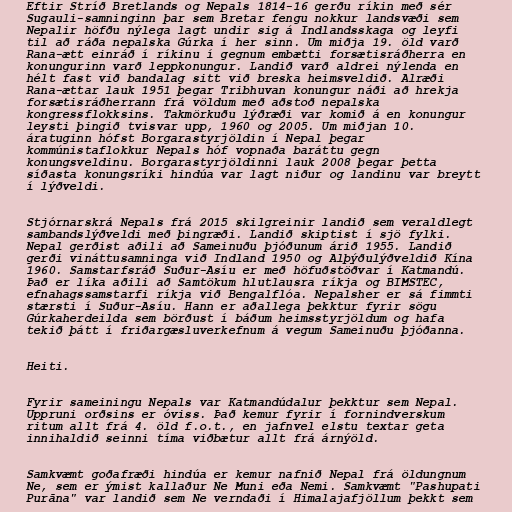
Eftir Stríð Bretlands og Nepals 1814-16 gerðu ríkin með sér
Sugauli-samninginn þar sem Bretar fengu nokkur landsvæði sem
Nepalir höfðu nýlega lagt undir sig á Indlandsskaga og leyfi
til að ráða nepalska Gúrka í her sinn. Um miðja 19. öld varð
Rana-ætt einráð í ríkinu í gegnum embætti forsætisráðherra en
konungurinn varð leppkonungur. Landið varð aldrei nýlenda en
hélt fast við bandalag sitt við breska heimsveldið. Alræði
Rana-ættar lauk 1951 þegar Tribhuvan konungur náði að hrekja
forsætisráðherrann frá völdum með aðstoð nepalska
kongressflokksins. Takmörkuðu lýðræði var komið á en konungur
leysti þingið tvisvar upp, 1960 og 2005. Um miðjan 10.
áratuginn hófst Borgarastyrjöldin í Nepal þegar
kommúnistaflokkur Nepals hóf vopnaða baráttu gegn
konungsveldinu. Borgarastyrjöldinni lauk 2008 þegar þetta
síðasta konungsríki hindúa var lagt niður og landinu var breytt
í lýðveldi.

Stjórnarskrá Nepals frá 2015 skilgreinir landið sem veraldlegt
sambandslýðveldi með þingræði. Landið skiptist í sjö fylki.
Nepal gerðist aðili að Sameinuðu þjóðunum árið 1955. Landið
gerði vináttusamninga við Indland 1950 og Alþýðulýðveldið Kína
1960. Samstarfsráð Suður-Asíu er með höfuðstöðvar í Katmandú.
Það er líka aðili að Samtökum hlutlausra ríkja og BIMSTEC,
efnahagssamstarfi ríkja við Bengalflóa. Nepalsher er sá fimmti
stærsti í Suður-Asíu. Hann er aðallega þekktur fyrir sögu
Gúrkaherdeilda sem börðust í báðum heimsstyrjöldum og hafa
tekið þátt í friðargæsluverkefnum á vegum Sameinuðu þjóðanna.

Heiti.

Fyrir sameiningu Nepals var Katmandúdalur þekktur sem Nepal.
Uppruni orðsins er óviss. Það kemur fyrir í fornindverskum
ritum allt frá 4. öld f.o.t., en jafnvel elstu textar geta
innihaldið seinni tíma viðbætur allt frá árnýöld.

Samkvæmt goðafræði hindúa er kemur nafnið Nepal frá öldungnum
Ne, sem er ýmist kallaður Ne Muni eða Nemi. Samkvæmt "Pashupati
Purāna" var landið sem Ne verndaði í Himalajafjöllum þekkt sem